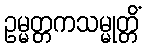
ဥမ္မတ္တကသမ္မုတ္တိံ